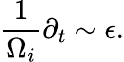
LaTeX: \frac{1}{\Omega_{i}}\partial_{t}\sim\epsilon.